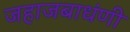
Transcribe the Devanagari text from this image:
जहाजबाधंणी